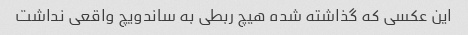
این عکسی که گذاشته شده هیچ ربطی به ساندویچ واقعی نداشت